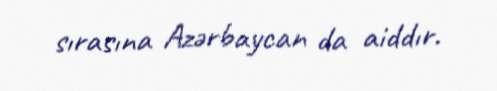
sırasına Azərbaycan da aiddır.